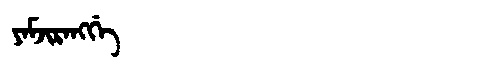
Manchu: ᠶᠠᠮᠵᡳᡵᠠᠩᡤᡝ
Romanization: YAMJIRANGGE